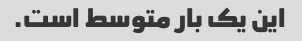
این یک بار متوسط ​​است.